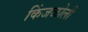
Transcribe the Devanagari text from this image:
किंजळोली